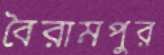
বৈরামপুর